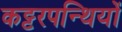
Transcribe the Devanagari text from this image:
कट्टरपन्थियों